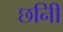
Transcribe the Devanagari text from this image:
छनिी